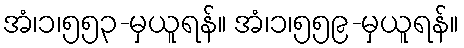
အံ၊၁၊၅၅၃-မှယူရန်။ အံ၊၁၊၅၅၉-မှယူရန်။